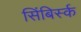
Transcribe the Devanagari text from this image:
सिंबिर्स्क